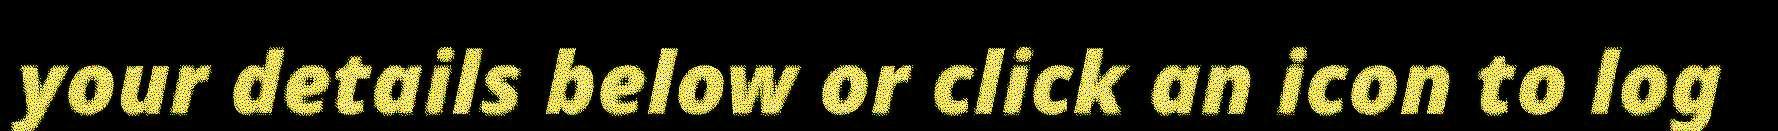
your details below or click an icon to log